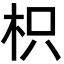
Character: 枳